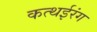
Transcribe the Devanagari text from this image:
कत्थईरंग